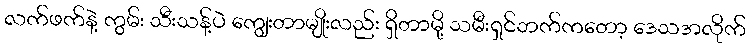
လက်ဖက်နဲ့ ကွမ်း သီးသန့်ပဲ ကျွေးတာမျိုးလည်း ရှိတာမို့ သမီးရှင်ဘက်ကတော့ ဒေသအလိုက်